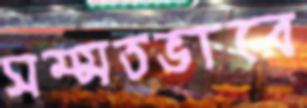
সম্মতভাবে